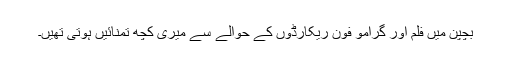
بچپن میں فلم اور گرامو فون ریکارڈوں کے حوالے سے میری کچھ تمنائیں ہوتی تھیں۔